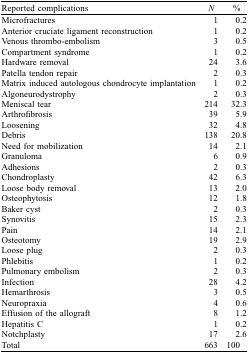
<table><thead><tr><td><b>Reported complications</b></td><td><b><i>N</i></b></td><td><b>%</b></td></tr></thead><tbody><tr><td>Microfractures</td><td>1</td><td>0.2</td></tr><tr><td>Anterior cruciate ligament reconstruction</td><td>1</td><td>0.2</td></tr><tr><td>Venous thrombo-embolism</td><td>3</td><td>0.5</td></tr><tr><td>Compartment syndrome</td><td>1</td><td>0.2</td></tr><tr><td>Hardware removal</td><td>24</td><td>3.6</td></tr><tr><td>Patella tendon repair</td><td>2</td><td>0.3</td></tr><tr><td>Matrix induced autologous chondrocyte implantation</td><td>1</td><td>0.2</td></tr><tr><td>Algoneurodystrophy</td><td>2</td><td>0.3</td></tr><tr><td>Meniscal tear</td><td>214</td><td>32.3</td></tr><tr><td>Arthrofibrosis</td><td>39</td><td>5.9</td></tr><tr><td>Loosening</td><td>32</td><td>4.8</td></tr><tr><td>Debris</td><td>138</td><td>20.8</td></tr><tr><td>Need for mobilization</td><td>14</td><td>2.1</td></tr><tr><td>Granuloma</td><td>6</td><td>0.9</td></tr><tr><td>Adhesions</td><td>2</td><td>0.3</td></tr><tr><td>Chondroplasty </td><td>42</td><td>6.3</td></tr><tr><td>Loose body removal</td><td>13</td><td>2.0</td></tr><tr><td>Osteophytosis</td><td>12</td><td>1.8</td></tr><tr><td>Baker cyst</td><td>2</td><td>0.3</td></tr><tr><td>Synovitis</td><td>15</td><td>2.3</td></tr><tr><td>Pain</td><td>14</td><td>2.1</td></tr><tr><td>Osteotomy</td><td>19</td><td>2.9</td></tr><tr><td>Loose plug</td><td>2</td><td>0.3</td></tr><tr><td>Phlebitis</td><td>1</td><td>0.2</td></tr><tr><td>Pulmonary embolism</td><td>2</td><td>0.3</td></tr><tr><td>Infection</td><td>28</td><td>4.2</td></tr><tr><td>Hemarthrosis</td><td>3</td><td>0.5</td></tr><tr><td>Neuropraxia</td><td>4</td><td>0.6</td></tr><tr><td>Effusion of the allograft</td><td>8</td><td>1.2</td></tr><tr><td>Hepatitis C</td><td>1</td><td>0.2</td></tr><tr><td>Notchplasty</td><td>17</td><td>2.6</td></tr><tr><td>Total</td><td>663</td><td>100</td></tr></tbody></table>